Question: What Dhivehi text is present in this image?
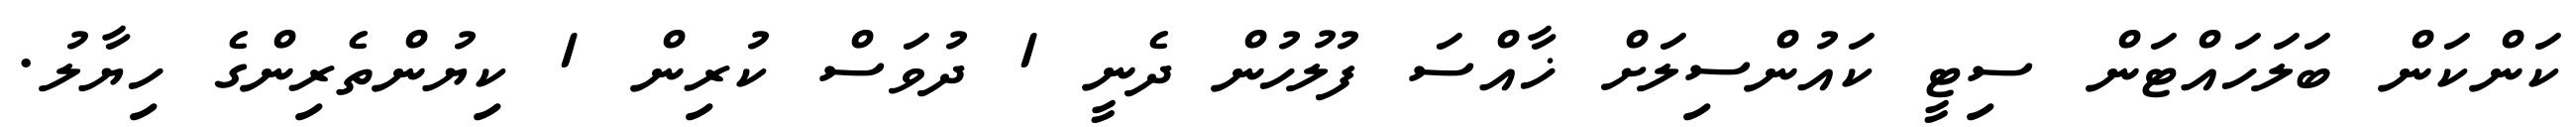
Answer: ކަންކަން ބަލަހައްޓަން ސިޓީ ކައުންސިލަށް ޚާއްސަ ފުލުހުން ދެނީ 1 ދުވަސް ކުރިން 1 ކިޔުންތެރިންގެ ހިޔާލު.